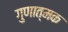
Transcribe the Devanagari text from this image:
गुणात्‍मक